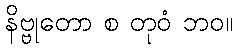
နိဗ္ဗုတော စ တုဝံ ဘဝ။